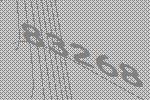
83268